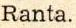
Ranta.